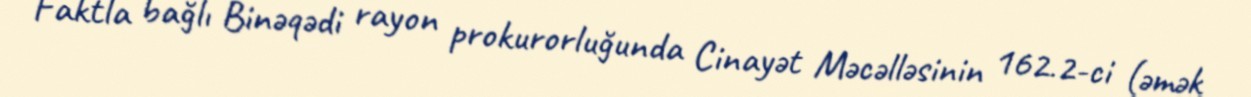
Faktla bağlı Binəqədi rayon prokurorluğunda Cinayət Məcəlləsinin 162.2-ci (əmək